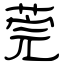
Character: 莞